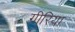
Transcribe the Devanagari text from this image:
गीरिया